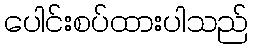
ပေါင်းစပ်ထားပါသည်